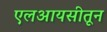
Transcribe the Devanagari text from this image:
एलआयसीतून